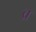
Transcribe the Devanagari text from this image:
व्र